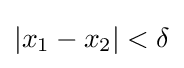
|x_{1}-x_{2}|<\delta